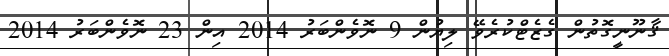
ޤާނޫނީގޮތުން ގެޒެޓްކުރެވޭ ލިޔުން 9 ނޮވެންބަރު 2014 އިން 23 ނޮވެންބަރު 2014